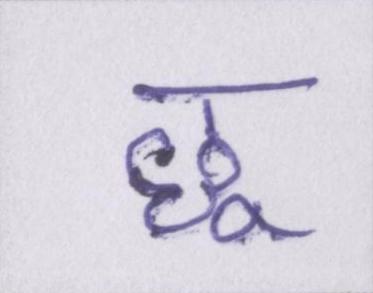
छू